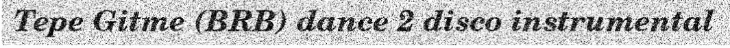
Tepe Gitme (BRB) dance 2 disco instrumental